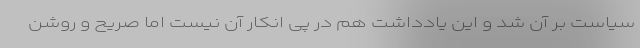
سیاست بر آن شد و این یادداشت هم در پی انکار آن نیست اما صریح و روشن